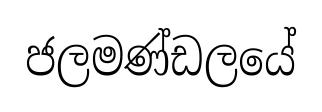
ජලමණ්ඩලයේ